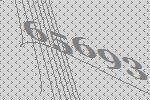
65693